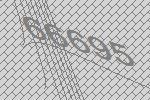
66695